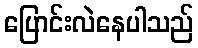
ပြောင်းလဲနေပါသည်